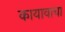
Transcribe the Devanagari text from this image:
कायावाचा